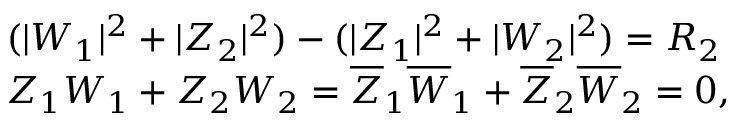
\begin{array} { l c r } { { ( | W _ { 1 } | ^ { 2 } + | Z _ { 2 } | ^ { 2 } ) - ( | Z _ { 1 } | ^ { 2 } + | W _ { 2 } | ^ { 2 } ) = R _ { 2 } } } \\ { { Z _ { 1 } W _ { 1 } + Z _ { 2 } W _ { 2 } = \overline { { { Z } } } _ { 1 } \overline { { { W } } } _ { 1 } + \overline { { { Z } } } _ { 2 } \overline { { { W } } } _ { 2 } = 0 , } } \end{array}